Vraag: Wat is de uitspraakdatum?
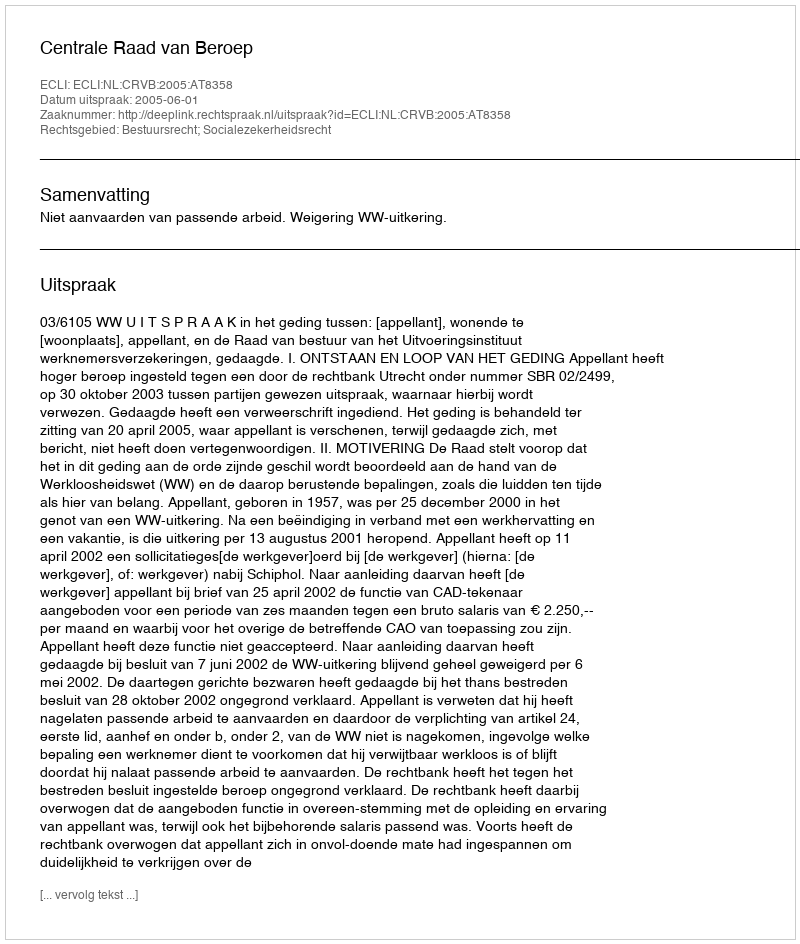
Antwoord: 2005-06-01